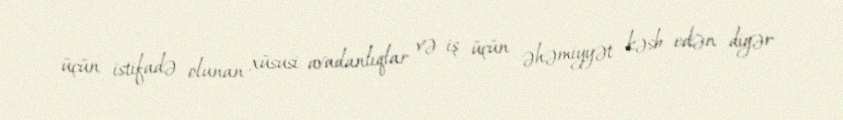
üçün istifadə olunan xüsusi avadanlıqlar və iş üçün əhəmiyyət kəsb edən digər